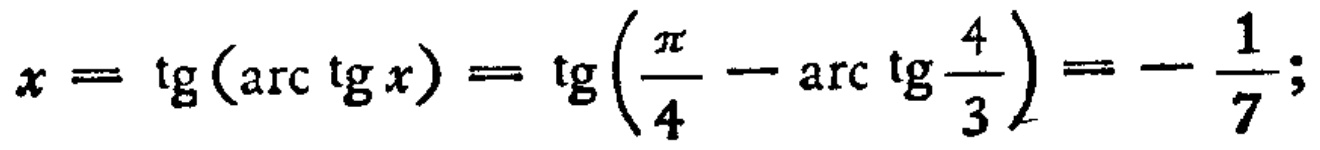
\(x = \mathrm{tg}(\mathrm{arc}\,\mathrm{tg}\,x)=\mathrm{tg}\left(\frac{\pi}{4}-\mathrm{arc}\,\mathrm{tg}\frac{4}{3}\right)=-\frac{1}{7};\)